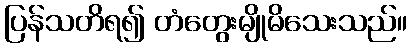
ပြန်သတိရ၍ တံတွေးမျိုမိသေးသည်။